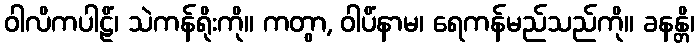
ဝါလိကပါဠိံ၊ သဲကန်ရိုးကို။ ကတွာ, ဝါပိံနာမ၊ ရေကန်မည်သည်ကို။ ခနန္တိ၊